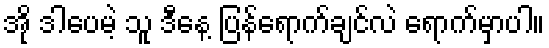
အို ဒါပေမဲ့ သူ ဒီနေ့ ပြန်ရောက်ချင်လဲ ရောက်မှာပါ။